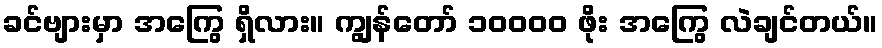
ခင်ဗျားမှာ အကြွေ ရှိလား။ ကျွန်တော် ၁၀၀၀၀ ဖိုး အကြွေ လဲချင်တယ်။